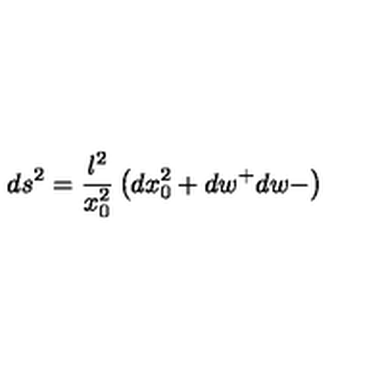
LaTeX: d s ^ { 2 } = \frac { l ^ { 2 } } { x _ { 0 } ^ { 2 } } \left( d x _ { 0 } ^ { 2 } + d w ^ { + } d w - \right)